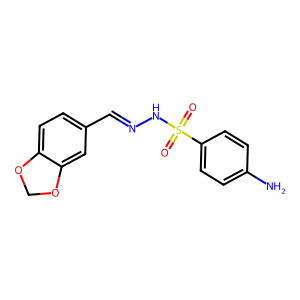
SMILES: Nc1ccc(S(=O)(=O)NN=Cc2ccc3c(c2)OCO3)cc1
Inhibits HIV replication: No